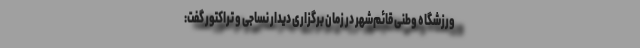
ورزشگاه وطنی قائم‌شهر در زمان برگزاری دیدار نساجی و تراکتور گفت:‌